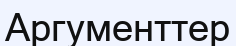
Аргументтер